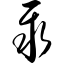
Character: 聚